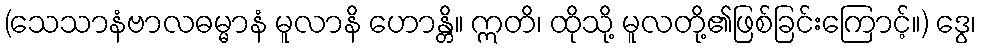
(သေသာနံဗာလဓမ္မာနံ မူလာနိ ဟောန္တိ။ ဣတိ၊ ထိုသို့ မူလတို့၏ဖြစ်ခြင်းကြောင့်။) ဒွေ၊